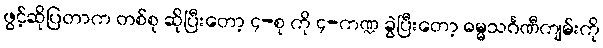
ဖွင့်ဆိုပြတာက တစ်စု ဆိုပြီးတော့ ၄-စု ကို ၄-ကဏ္ဍ ခွဲပြီးတော့ ဓမ္မသင်္ဂဏီကျမ်းကို